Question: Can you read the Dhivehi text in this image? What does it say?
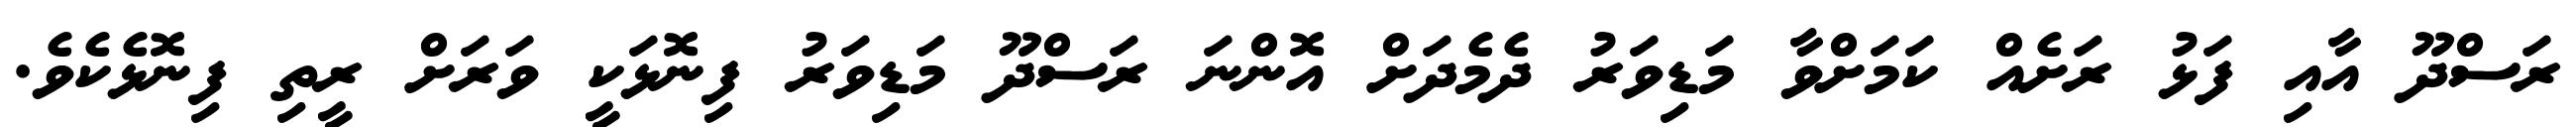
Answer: ރަސްދޫ އާއި ފަޅު ރަށެއް ކަމަށްވާ މަޑިވަރު ދެމެދަށް އޮންނަ ރަސްދޫ މަޑިވަރު ފިނޮޅަކީ ވަރަށް ރީތި ފިނޮޅެކެވެ.